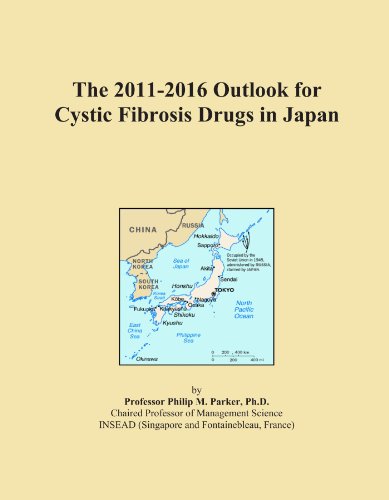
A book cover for The 2011-2016 Outlook for Cystic Fibrosis Drugs in Japan; Icon Group International; Health, Fitness & Dieting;